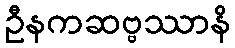
ဦနကဆဗ္ဗဿာနိ